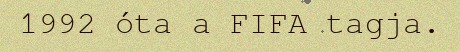
1992 óta a FIFA tagja.